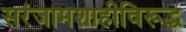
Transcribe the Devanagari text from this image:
सरंजामशाहीविरूद्ध